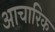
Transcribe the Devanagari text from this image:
आचारिक